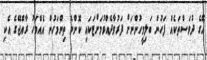
އޭގެ ދުވަސްތަކެއް ފަހުން ބަލިމީހުންނަށް ފަރުވާދެއްވުމަށްޓަކައި ކޮންމެ ތިންމަހުން އެއްމަހު ރާއްޖޭގެ އެކި